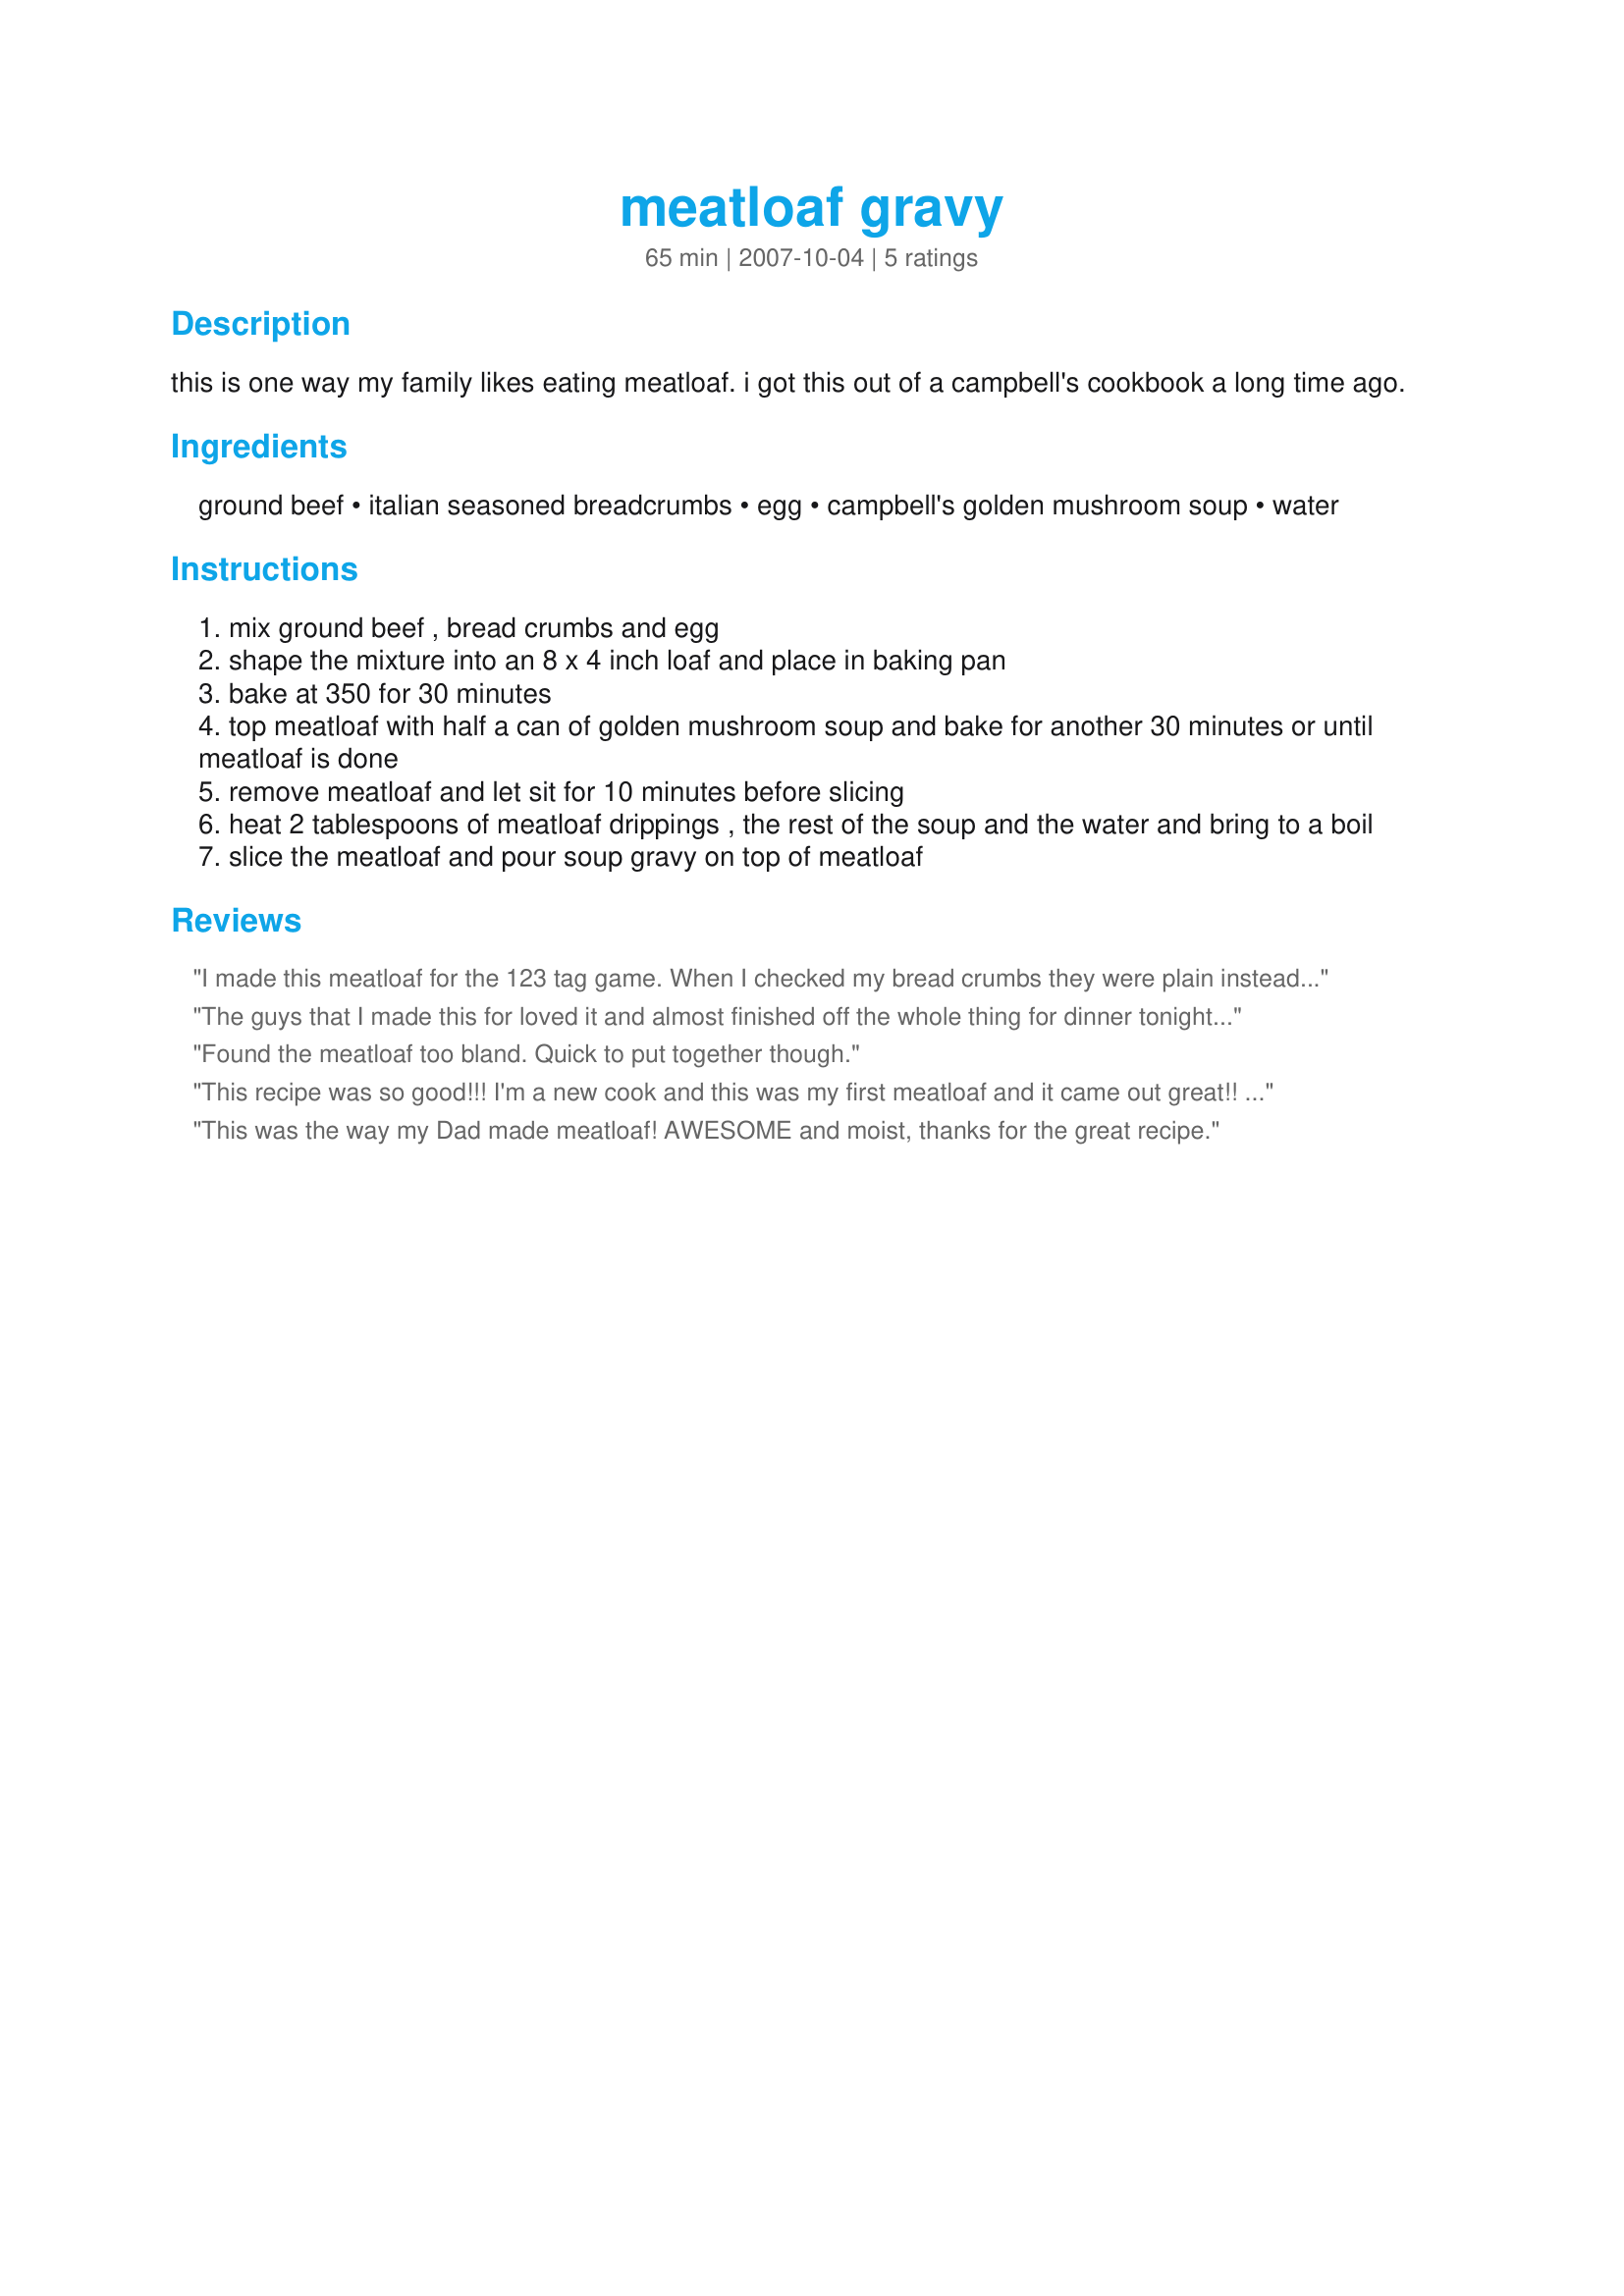
meatloaf gravy
Preparation time: 65 minutes

this is one way my family likes eating meatloaf. i got this out of a campbell's cookbook a long time ago.

Ingredients:
ground beef, italian seasoned breadcrumbs, egg, campbell's golden mushroom soup, water

Steps:
mix ground beef , bread crumbs and egg
shape the mixture into an 8 x 4 inch loaf and place in baking pan
bake at 350 for 30 minutes
top meatloaf with half a can of golden mushroom soup and bake for another 30 minutes or until meatloaf is done
remove meatloaf and let sit for 10 minutes before slicing
heat 2 tablespoons of meatloaf drippings , the rest of the soup and the water and bring to a boil
slice the meatloaf and pour soup gravy on top of meatloaf

Reviews:
I made this meatloaf for the 123 tag game. When I checked my bread crumbs they were plain instead of italian so I added some italian seasoning. My gravy was a bit to salty for our taste and will make this again at a later date.
The guys that I made this for loved it and almost finished off the whole thing for dinner tonight. It goes together very easily. Oh! I should say that DH wanted the 1/2 can of soup *in* the loaf instead of on top so thats what he got. Also, I didn't have Golden Mushroom and had to use the regular kind (they didn't mind at all). Mine was fully cooked at 45 mins but I might not have had a full 1 1/2 lbs of beef. It's without doubt one of the juiciest meatloaf's I have ever made. This is total old fashioned comfort food at it's best.
Found the meatloaf too bland. Quick to put together though.
This recipe was so good!!! I'm a new cook and this was my first meatloaf and it came out great!! I only made one small adaptation and that was a teaspoon of mayonaise to keep it moist.
This was the way my Dad made meatloaf! AWESOME and moist, thanks for the great recipe.
